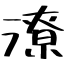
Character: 潦